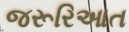
જરૂરિઆત